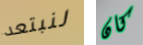
لنبتعد كان